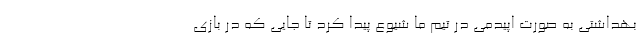
بهداشتی به صورت اپیدمی در تیم ما شیوع پیدا کرد تا جایی که در بازی